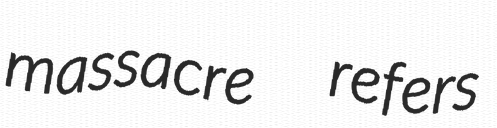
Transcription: massacre  refers